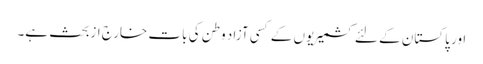
اور پاکستان کے لئے کشمیریوں کے کسی آزاد وطن کی بات خارج ازبحث ہے۔